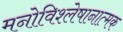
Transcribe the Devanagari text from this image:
मनोविश्लेषानात्मक